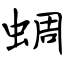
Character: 蜩